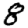
Digit: 8